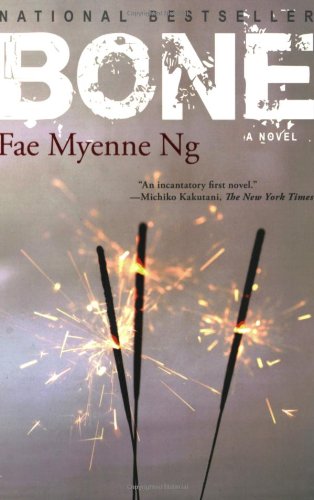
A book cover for Bone; Fae Myenne Ng; Literature & Fiction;